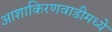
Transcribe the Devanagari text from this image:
आशाकिरणवाडीमध्ये